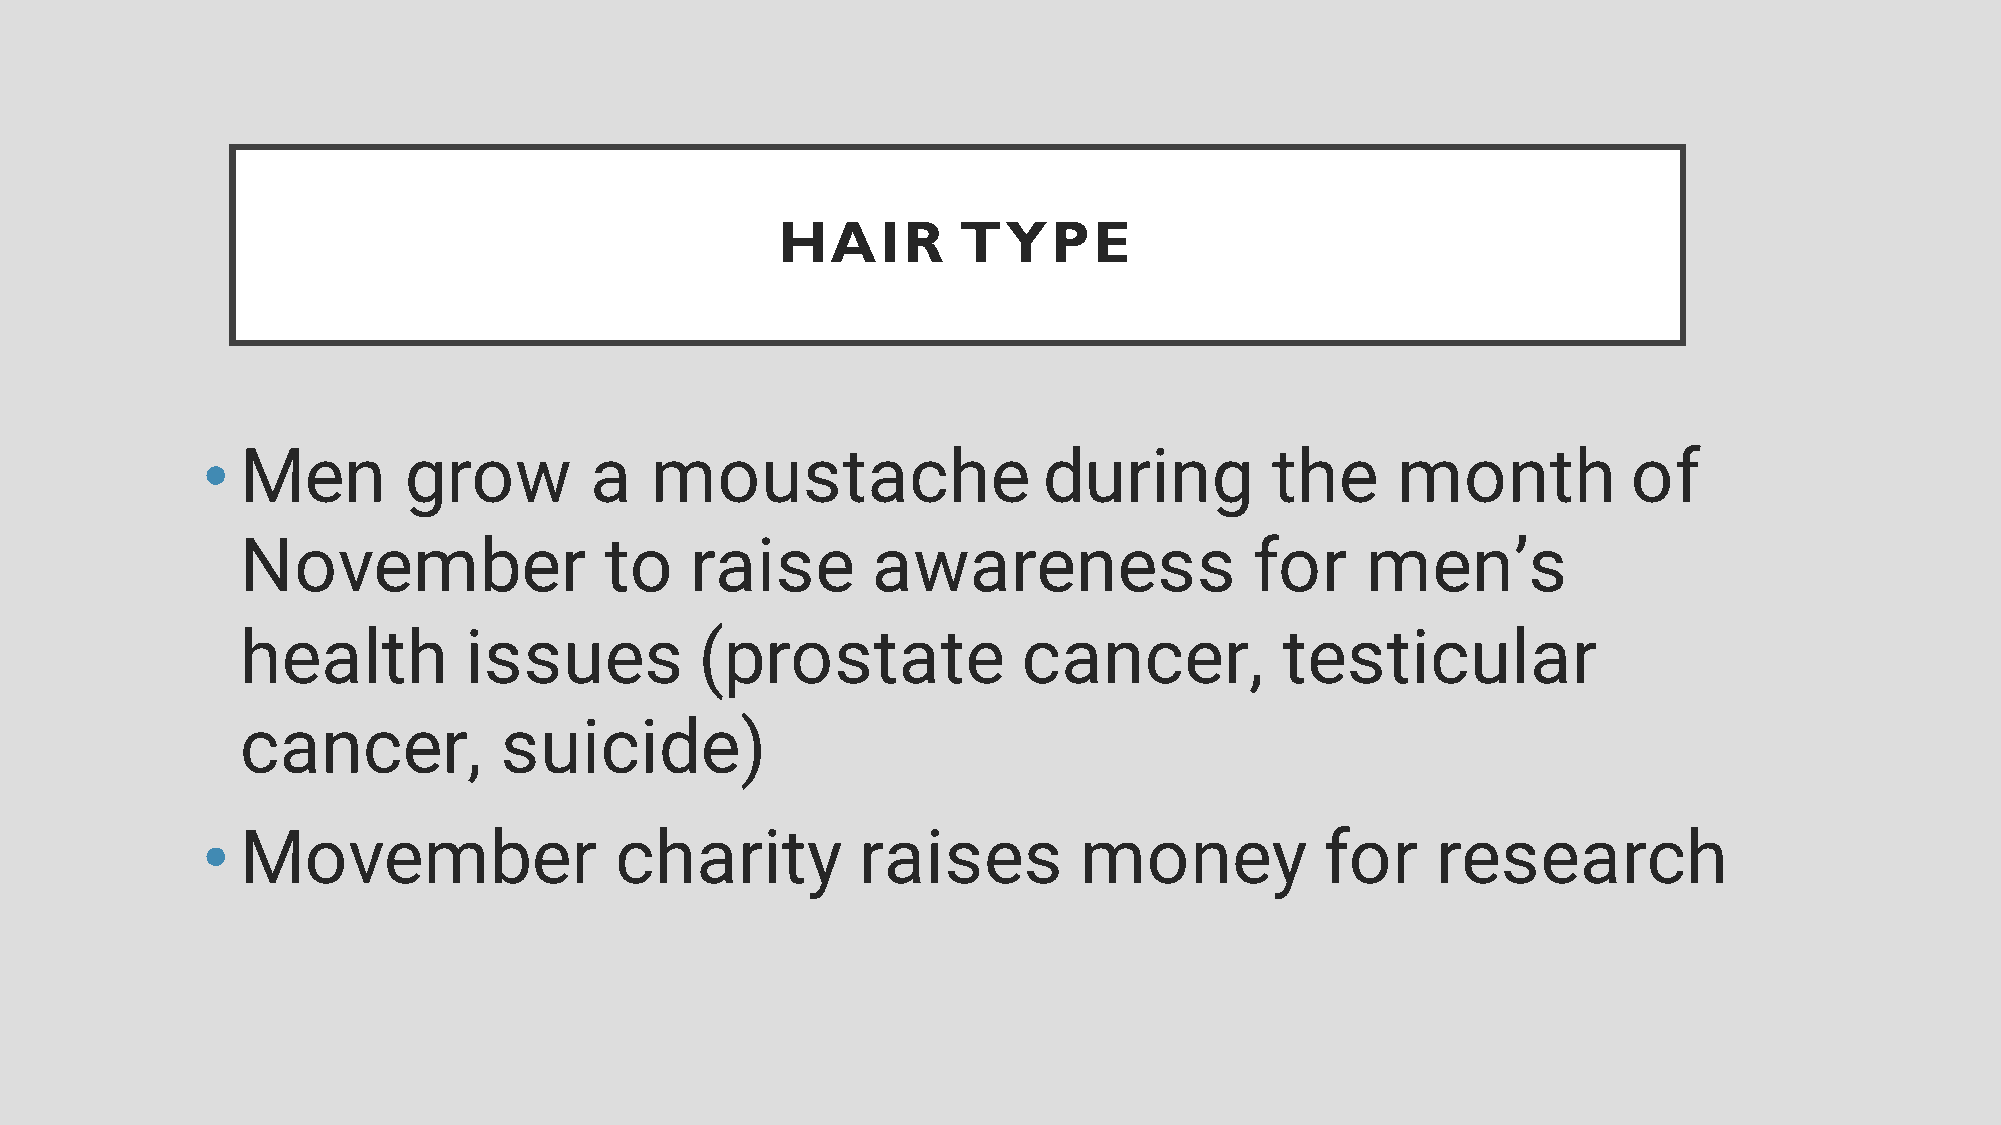
HAIR        TYPE
 •  Men        grow        a   moustache                 during         the     month           of
 November                to    raise       awareness                for    men’s
 health         issues         (prostate             cancer,          testicular
 cancer,          suicide)
 •  Movember                 charity         raises        money            for    research